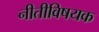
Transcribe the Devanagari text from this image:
नीतीविषयक